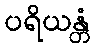
ပရိယန္တံ